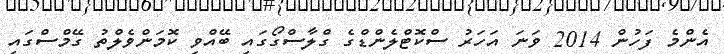
އެންމެ ފަހުން 2014 ވަނަ އަހަރު ސްކޮޓްލެންޑްގެ ގްލާސްގޯގައި ބޭއްވި ކޮމަންވެލްތު ގޭމްސްގައި